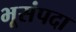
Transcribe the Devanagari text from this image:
भूसंपदा